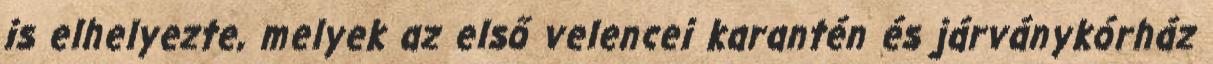
is elhelyezte, melyek az első velencei karantén és járványkórház